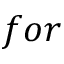
f o r